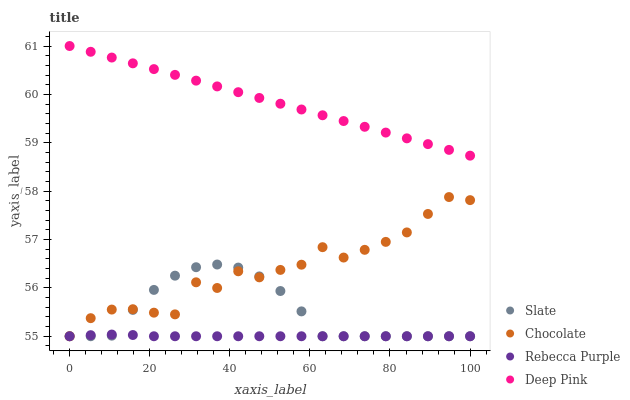
| xaxis_label | Slate | Chocolate | Rebecca Purple | Deep Pink |
 | --- | --- | --- | --- | --- |
 | 0 | 55 | 55 | 55 | 61 |
 | 5.26 | 55 | 55.4 | 55 | 60.9 |
 | 10.5 | 55 | 55.6 | 55 | 60.8 |
 | 15.8 | 55.5 | 55.6 | 55 | 60.6 |
 | 21.1 | 56 | 55.5 | 55 | 60.5 |
 | 26.3 | 56.3 | 55.5 | 55 | 60.4 |
 | 31.6 | 56.4 | 56.1 | 55 | 60.3 |
 | 36.8 | 56.5 | 56 | 55 | 60.2 |
 | 42.1 | 56.4 | 56.3 | 55 | 60 |
 | 47.4 | 56.2 | 56.2 | 55 | 59.9 |
 | 52.6 | 55.9 | 56.4 | 55 | 59.8 |
 | 57.9 | 55.5 | 56.5 | 55 | 59.7 |
 | 63.2 | 55 | 56.8 | 55 | 59.6 |
 | 68.4 | 55 | 56.6 | 55 | 59.4 |
 | 73.7 | 55 | 56.8 | 55 | 59.3 |
 | 78.9 | 55 | 57 | 55 | 59.2 |
 | 84.2 | 55 | 57.1 | 55 | 59.1 |
 | 89.5 | 55 | 57.5 | 55 | 59 |
 | 94.7 | 55 | 57.9 | 55 | 58.9 |
 | 100 | 55 | 57.8 | 55 | 58.7 |